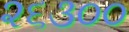
૨૬૩૦૦